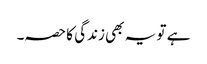
ہے تو یہ بھی زندگی کا حصہ۔